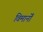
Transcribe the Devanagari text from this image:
विमानोँ